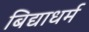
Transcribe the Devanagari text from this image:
बिद्याधर्म